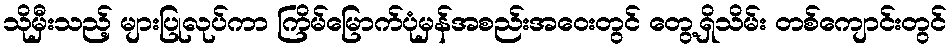
သိုမှီးသည့် များပြုလုပ်ကာ ကြိမ်မြောက်ပုံမှန်အစည်းအဝေးတွင် တွေ့ရှိသိမ်း တစ်ကျောင်းတွင်